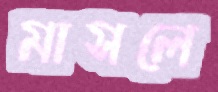
মাসলে